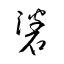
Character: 碆